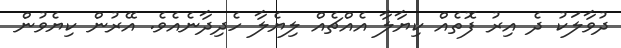
ދުވާލަކު ދެ އިރު ފޮތެއް ކިޔާލާ އެއްޗެއް ލިޔެލާ ހެދިދާނެއެވެ. އޭރުން ކިޔެވުން